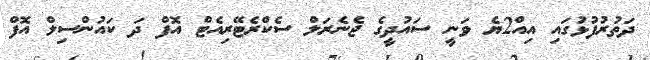
ދަތުރުފުޅުގައި އިއ2ްޔެ ވަނީ ސައުދީގެ ޖެނެރަލް ސެކްރެޓޭރިއެޓް އޮފް ދަ ކައުންސިލް އޮފް